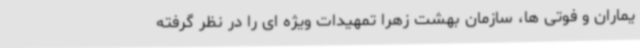
یماران و فوتی ها، سازمان بهشت زهرا تمهیدات ویژه ای را در نظر گرفته